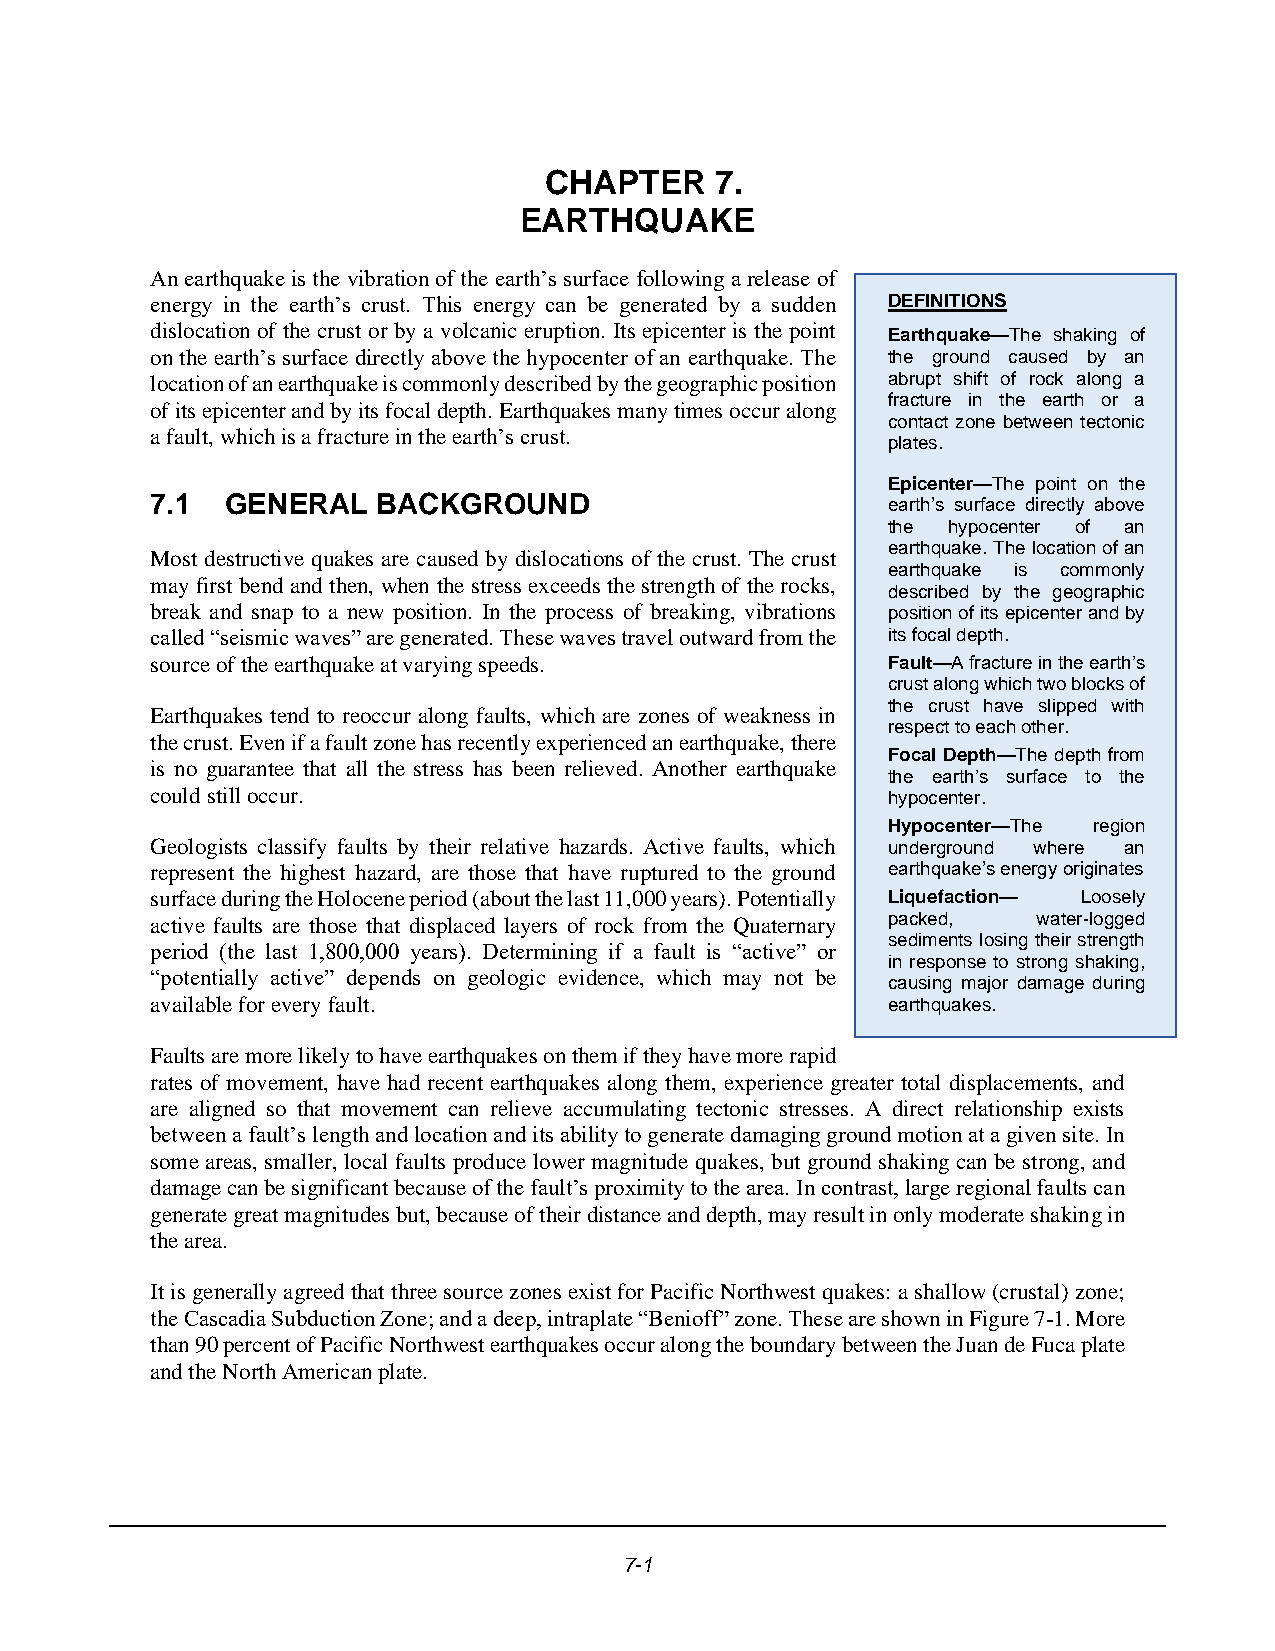
CHAPTER    7.
 EARTHQUAKE
 An earthquake is the vibration of the earth’s surface following a release of
 energy in the earth’s crust. This energy can be generated by a sudden DEFINITIONS
 dislocation of the crust or by a volcanic eruption. Its epicenter is the point
 Earthquake—The shaking of
 on the earth’s surface directly above the hypocenter of an earthquake. The the ground caused by an
 location of an earthquake is commonly described by the geographic position abrupt shift of rock along a
 fracture in the earth or a
 of its epicenter and by its focal depth. Earthquakes many times occur along
 contact zone between tectonic
 a fault, which is a fracture in the earth’s crust.
 plates.
 Epicenter—The point on the
 7.1  GENERAL   BACKGROUND                        earth’s surface directly above
 the hypocenter of an
 earthquake. The location of an
 Most destructive quakes are caused by dislocations of the crust. The crust
 earthquake is commonly
 may first bend and then, when the stress exceeds the strength of the rocks,
 described by the geographic
 break and snap to a new position. In the process of breaking, vibrations position of its epicenter and by
 called “seismic waves” are generated. These waves travel outward from the its focal depth.
 source of the earthquake at varying speeds.      Fault—A fracture in the earth’s
 crust along which two blocks of
 the crust have slipped with
 Earthquakes tend to reoccur along faults, which are zones of weakness in
 respect to each other.
 the crust. Even if a fault zone has recently experienced an earthquake, there
 Focal Depth—The depth from
 is no guarantee that all the stress has been relieved. Another earthquake
 the earth’s surface to the
 could still occur.                               hypocenter.
 Hypocenter—The region
 Geologists classify faults by their relative hazards. Active faults, which underground where an
 represent the highest hazard, are those that have ruptured to the ground earthquake’s energy originates
 surface during the Holocene period (about the last 11,000 years). Potentially Liquefaction— Loosely
 active faults are those that displaced layers of rock from the Quaternary packed, water-logged
 sediments losing their strength
 period (the last 1,800,000 years). Determining if a fault is “active” or
 in response to strong shaking,
 “potentially active” depends on geologic evidence, which may not be
 causing major damage during
 available for every fault.                       earthquakes.
 Faults are more likely to have earthquakes on them if they have more rapid
 rates of movement, have had recent earthquakes along them, experience greater total displacements, and
 are aligned so that movement can relieve accumulating tectonic stresses. A direct relationship exists
 between a fault’s length and location and its ability to generate damaging ground motion at a given site. In
 some areas, smaller, local faults produce lower magnitude quakes, but ground shaking can be strong, and
 damage can be significant because of the fault’s proximity to the area. In contrast, large regional faults can
 generate great magnitudes but, because of their distance and depth, may result in only moderate shaking in
 the area.
 It is generally agreed that three source zones exist for Pacific Northwest quakes: a shallow (crustal) zone;
 the Cascadia Subduction Zone; and a deep, intraplate “Benioff” zone. These are shown in Figure 7-1. More
 than 90 percent of Pacific Northwest earthquakes occur along the boundary between the Juan de Fuca plate
 and the North American plate.
 7-1